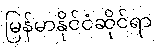
မြန်မာနိုင်ငံဆိုင်ရာ